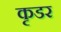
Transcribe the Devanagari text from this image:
कृडर